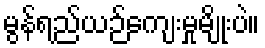
မွန်ရည်ယဉ်ကျေးမှုမျိုးပဲ။